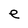
Character: e